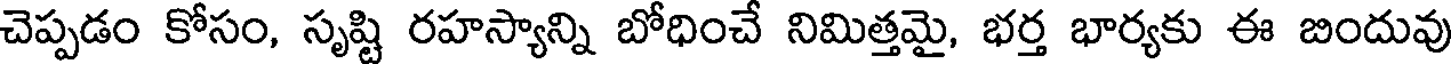
చెప్పడం కోసం, సృష్టి రహస్యాన్ని బోధించే నిమిత్తమై, భర్త భార్యకు ఈ బిందువు